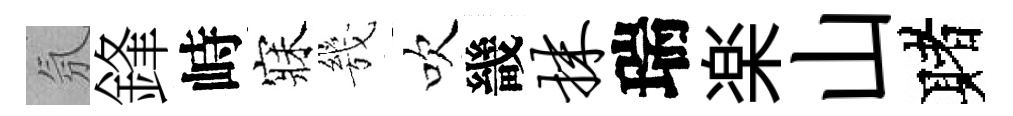
氛鋒峙寐㡬吹畿抹瑞楽山赌